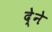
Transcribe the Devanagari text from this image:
दे्ने